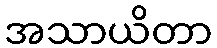
အသာယိတာ